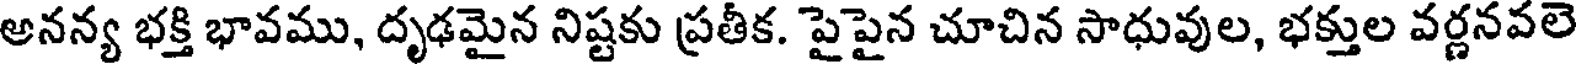
అనన్య భక్తి భావము, దృఢమైన నిష్టకు ప్రతీక. పైపైన చూచిన సాధువుల, భక్తుల వర్ణనవలె